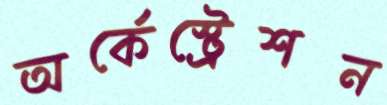
অর্কেস্ট্রেশন